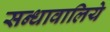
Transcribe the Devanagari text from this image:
सन्धावालिये